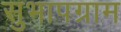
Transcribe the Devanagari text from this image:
सुभापग्राम